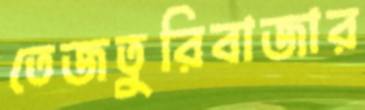
তেজতুরিবাজার